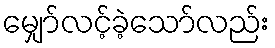
မျှော်လင့်ခဲ့သော်လည်း